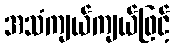
အသံကျယ်ကျယ်ဖြင့်